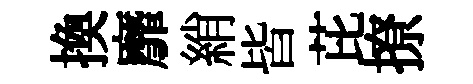
換靡綃皆芘撩